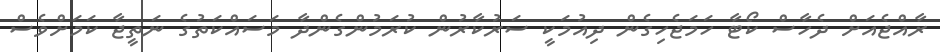
ރާއްޖެއަށް ދެހާސް ކޯޓާ ހަމަޖެހިގެން ދިއުމަކީ ސަރުކާރުން ކުރަމުންގެންދާ މަސައްކަތުގެ ނަތީޖާ ކަމަށްވެސް